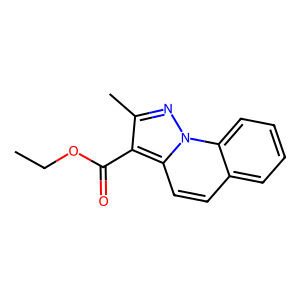
SMILES: CCOC(=O)c1c(C)nn2c1ccc1ccccc12
Inhibits HIV replication: No